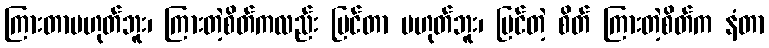
ကြားတာမဟုတ်ဘူး၊ ကြားတဲ့စိတ်ကလည်း မြင်တာ မဟုတ်ဘူး၊ မြင်တဲ့ စိတ် ကြားတဲ့စိတ်က နံတာ